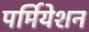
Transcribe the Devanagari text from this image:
पर्मियेशन